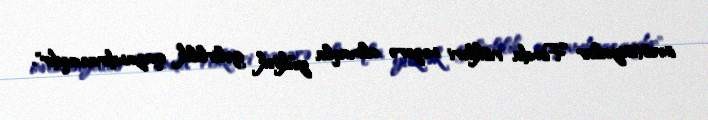
investisiyalar Fonda riskləri nəzərə almaqla yüksək gəlirlilik qazandıracaqdır".